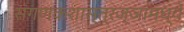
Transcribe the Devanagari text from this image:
संगणकशास्त्रज्ञांमध्ये